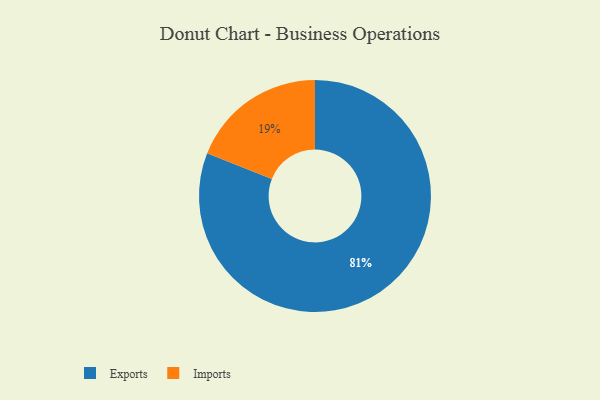
{"axis": {"x": "Category", "y": "Percentage"}, "legend": ["Exports", "Imports"], "data": [{"x": "Imports", "y": 19, "type": "Imports"}, {"x": "Exports", "y": 81, "type": "Exports"}]}